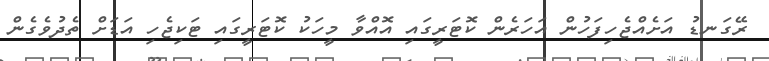
ރޭގަނޑު އަށެއްޖެހިފަހުން އަހަރެން ކޮޓަރީގައި އޮއްވާ މީހަކު ކޮޓަރީގައި ޓަކިޖެހި އަޑަށް ތެދުވެގެން